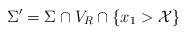
LaTeX: \begin{align*}\Sigma^\prime=\Sigma\cap V_R\cap\left\{x_1>\mathcal{X}\right\}\end{align*}